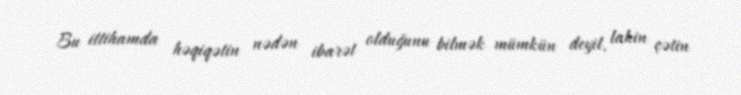
Bu ittihamda həqiqətin nədən ibarət olduğunu bilmək mümkün deyil, lakin çətin